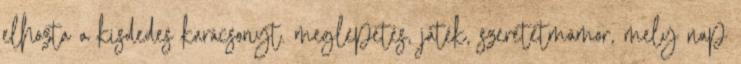
elhozta a kisdedes karácsonyt. meglepetés, játék, szeretetmámor, mely nap